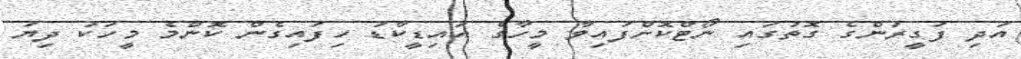
އަދި ފަގީރުންގެ ގޮތުގައި ނޯޓްކޮށްފައިވާ މީހާގެ އައިޑީކާޑު ހިފައިގެން ކޮންމެ މީހަކު ދިޔަ